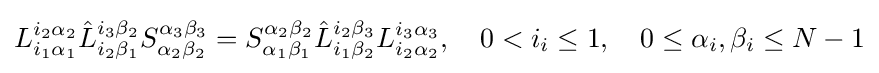
L_{i_{1}\alpha _{1}}^{i_{2}\alpha _{2}}{\hat {L}}_{i_{2}\beta _{1}}^{i_{3}\beta _{2}}S_{\alpha _{2}\beta _{2}}^{\alpha _{3}\beta _{3}}=S_{\alpha _{1}\beta _{1}}^{\alpha _{2}\beta _{2}}{\hat {L}}_{i_{1}\beta _{2}}^{i_{2}\beta _{3}}L_{i_{2}\alpha _{2}}^{i_{3}\alpha _{3}},\quad 0<i_{i}\leq 1,\quad 0\leq \alpha _{i},\beta _{i}\leq N-1